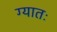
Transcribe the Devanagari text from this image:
ग्यातः